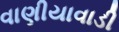
વાણીયાવાડી